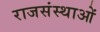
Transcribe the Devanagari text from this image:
राजसंस्थाओं